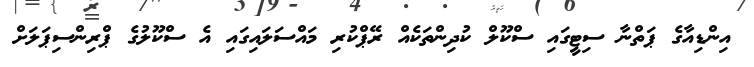
އިންޑިއާގެ ޕަތްނާ ސިޓީގައި ސްކޫލް ކުދިންތަކެއް ރޭޕްކުރި މައްސަލައިގައި އެ ސްކޫލުުގެ ޕްރިންސިޕަލަށް